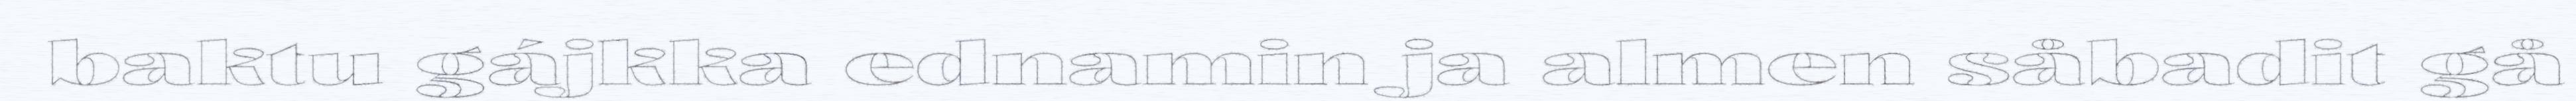
baktu gájkka ednamin ja almen såbadit gå